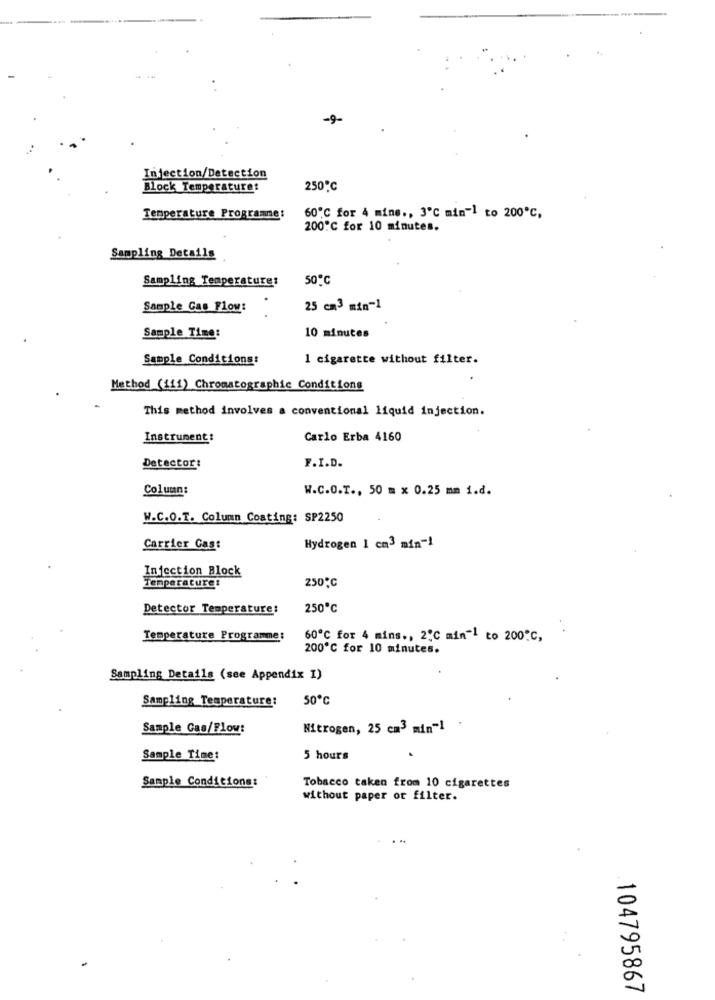
-9-
Injection/Detection
Block Temperature:
250℃
Temperature Programme:
60℃ for 4 mine ., 3℃ min-1 to 200℃,
200℃ for 10 minutes.
Sampling Details
Sampling Temperature:
50℃
Sample Cas Flow:
25 cm3 min-1
10 minutes
Sample Time:
Sample Conditions:
1 cigarette without filter.
Method (111) Chromatographic Conditions
This method involves a conventional liquid injection.
Instrument:
Carlo Erba 4160
Detector:
F.I.D.
Column:
W.C.O.T ., 50 m x 0.25 mm 1.d.
W.C.O.T. Column Coating: SP2250
Carrier Gas:
Hydrogen 1 cm3 min -!
Injection Block
250℃
Temperature:
Detector Temperature:
250℃
. .
Temperature Programme:
60℃ for 4 mins ., 2℃ min"1 to 200ºC,
200℃ for 10 minutes.
Sampling Details (see Appendix I)
Sampling Temperature:
50℃
Sample Gas/Flow:
Nitrogen, 25 cm3 min-1
Sample Time:
5 hours
Sample Conditions:
Tobacco taken from 10 cigarettes
without paper or filter.
104795867